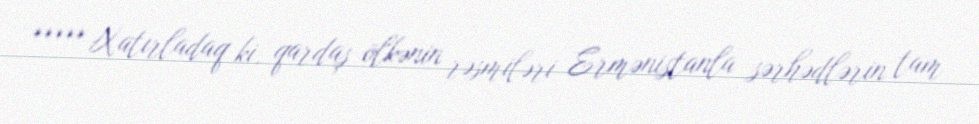
***** Xatırladaq ki, qardaş ölkənin rəsmiləri Ermənistanla sərhədlərin tam